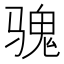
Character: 𱅡